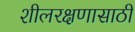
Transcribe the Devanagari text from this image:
शीलरक्षणासाठी